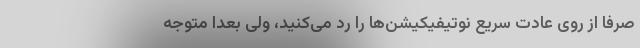
صرفا از روی عادت سریع نوتیفیکیشن‌ها را رد می‌کنید، ولی بعدا متوجه